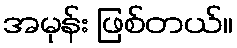
အမုန်း ဖြစ်တယ်။